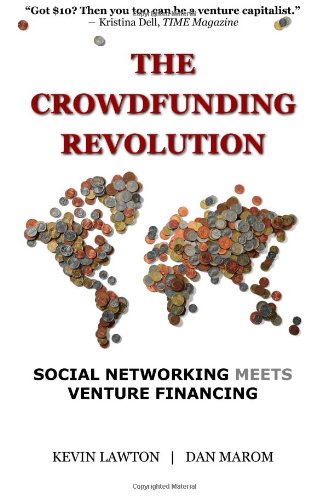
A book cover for The Crowdfunding Revolution: Social Networking Meets Venture Financing; Kevin Lawton; Business & Money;